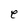
Character: e